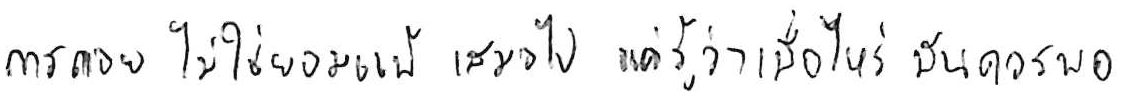
การถอย ไม่ใช่ยอมแพ้ เสมอไป แค่รู้ว่าเมื่อไหร่ มันควรพอ